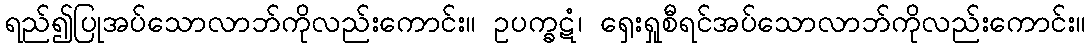
ရည်၍ပြုအပ်သောလာဘ်ကိုလည်းကောင်း။ ဥပက္ခဋံ၊ ရှေးရှုစီရင်အပ်သောလာဘ်ကိုလည်းကောင်း။